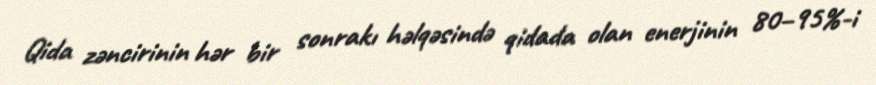
Qida zəncirinin hər bir sonrakı həlqəsində qidada olan enerjinin 80–95%-i